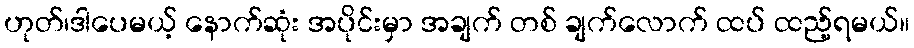
ဟုတ်၊ဒါပေမယ့် နောက်ဆုံး အပိုင်းမှာ အချက် တစ် ချက်လောက် ထပ် ထည့်ရမယ်။